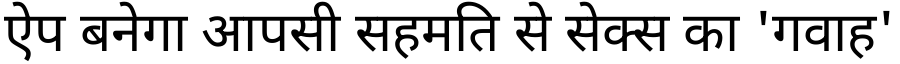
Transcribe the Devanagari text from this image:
ऐप बनेगा आपसी सहमति से सेक्स का 'गवाह'